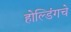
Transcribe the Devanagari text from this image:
होल्डिंगचे